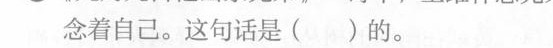
念着自己。这句话是( )的。